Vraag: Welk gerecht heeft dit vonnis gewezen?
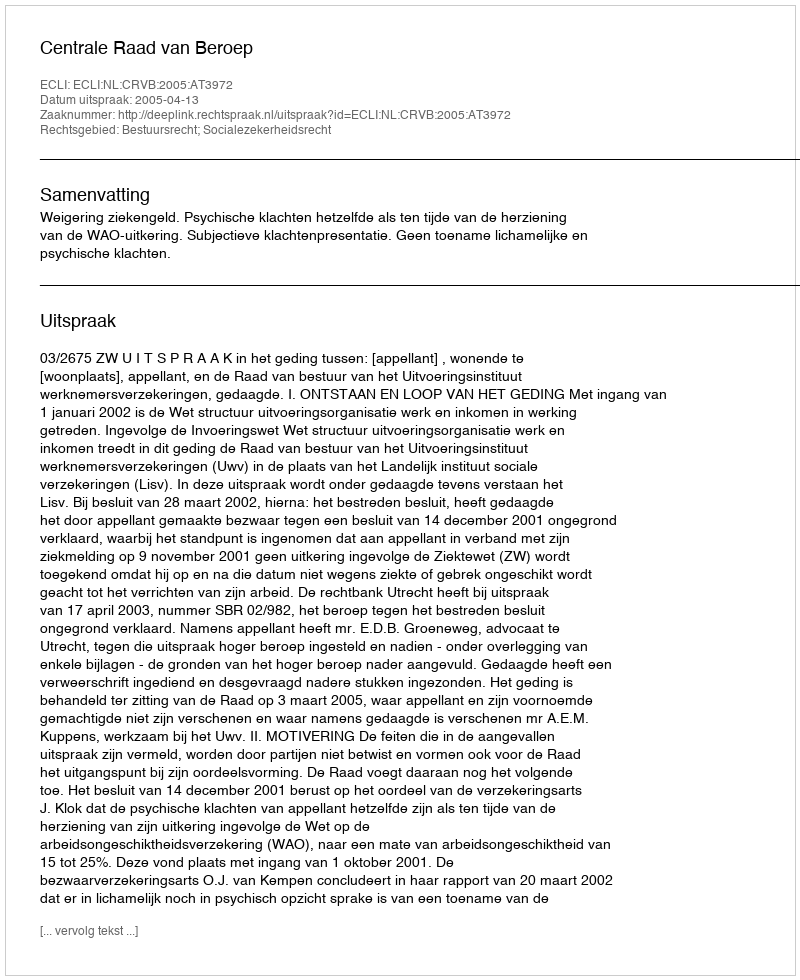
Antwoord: Centrale Raad van Beroep